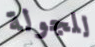
للجولة